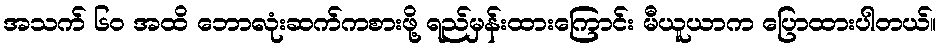
အသက် ၆၀ အထိ ဘောလုံးဆက်ကစားဖို့ ရည်မှန်းထားကြောင်း မီယူယာက ပြောထားပါတယ်။